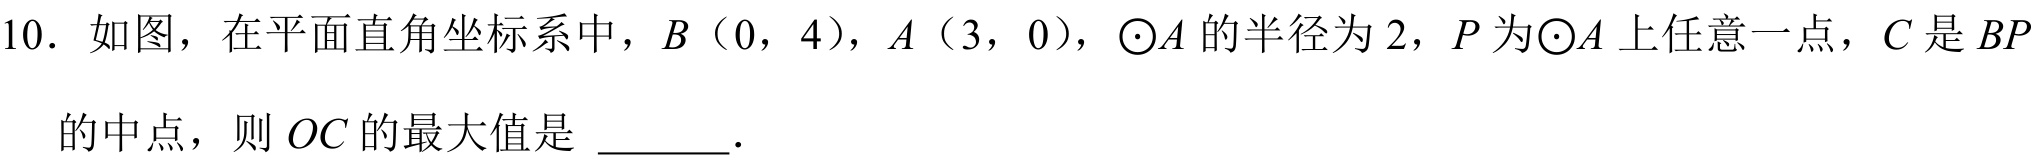
10. 如图，在平面直角坐标系中，\(B\)（\(0\)，\(4\)），\(A\)（\(3\)，\(0\)），\(\odot A\)的半径为\(2\)，\(P\)为\(\odot A\)上任意一点，\(C\)是\(BP\)
的中点，则\(OC\)的最大值是  ．